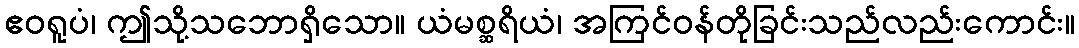
ဧဝရူပံ၊ ဤသို့သဘောရှိသော။ ယံမစ္ဆရိယံ၊ အကြင်ဝန်တိုခြင်းသည်လည်းကောင်း။